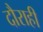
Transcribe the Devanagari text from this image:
दौराही